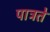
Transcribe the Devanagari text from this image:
पात्रते